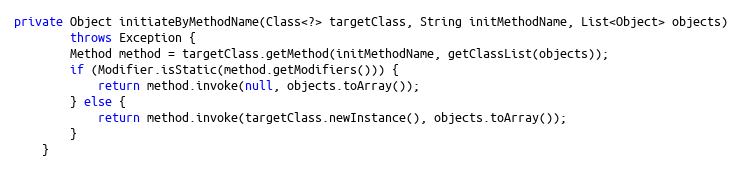
Language: Java
private Object initiateByMethodName(Class<?> targetClass, String initMethodName, List<Object> objects)
        throws Exception {
        Method method = targetClass.getMethod(initMethodName, getClassList(objects));
        if (Modifier.isStatic(method.getModifiers())) {
            return method.invoke(null, objects.toArray());
        } else {
            return method.invoke(targetClass.newInstance(), objects.toArray());
        }
    }